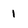
Character: 1